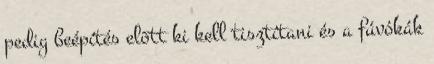
pedig beépítés elõtt ki kell tisztítani és a fúvókák